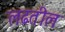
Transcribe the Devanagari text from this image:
लढतील